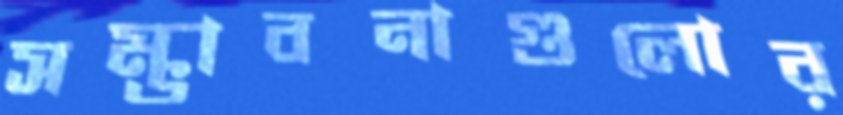
সম্ভাবনাগুলোর